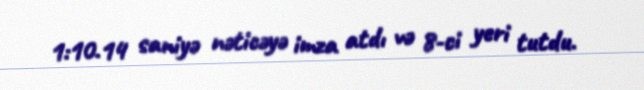
1:10.14 saniyə nəticəyə imza atdı və 8-ci yeri tutdu.